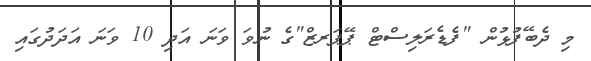
މި ދެބޭފުޅުން "ފެޑެރަލިސްޓް ޕޭޕަރޒް"ގެ ނުވަ ވަނަ އަދި 10 ވަނަ އަދަދުގައި